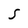
Character: S